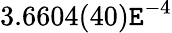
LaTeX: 3.6604(40)\mathtt{E}^{-4}